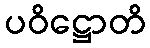
ပဝိဋ္ဌောတိ